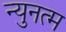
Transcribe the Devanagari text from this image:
न्युनत्म